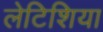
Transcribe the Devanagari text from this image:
लेटिशिया